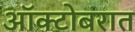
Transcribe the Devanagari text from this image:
ऑक्टोबरात